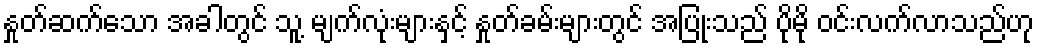
နှုတ်ဆက်သော အခါတွင် သူ့ မျက်လုံးများနှင့် နှုတ်ခမ်းများတွင် အပြုံးသည် ပိုမို ဝင်းလက်လာသည်ဟု